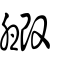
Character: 毈